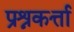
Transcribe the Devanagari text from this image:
प्रश्नकर्त्ता